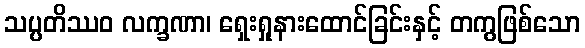
သပ္ပတိဿဝ လက္ခဏာ၊ ရှေးရှုနားထောင်ခြင်းနှင့် တကွဖြစ်သော